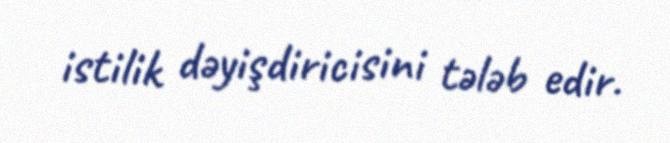
istilik dəyişdiricisini tələb edir.